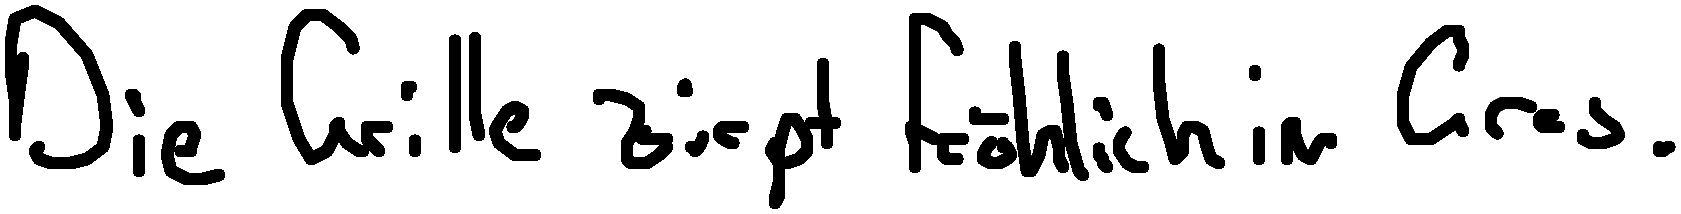
Die Grille zirpt fröhlich im Gras.